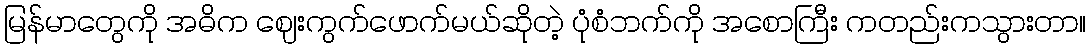
မြန်မာတွေကို အဓိက ဈေးကွက်ဖောက်မယ်ဆိုတဲ့ ပုံစံဘက်ကို အစောကြီး ကတည်းကသွားတာ။